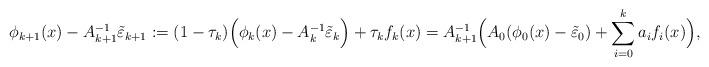
LaTeX: \begin{align*}\phi_{k+1}(x) - A_{k+1}^{-1}\tilde \varepsilon_{k+1} &:= (1 - \tau_k) \Big(\phi_k(x) - A_k^{-1}\tilde \varepsilon_{k}\Big) + \tau_k f_k(x) = A_{k+1}^{-1} \Big(A_0(\phi_0(x) - \tilde \varepsilon_0) + \sum_{i=0}^k a_i f_i(x)\Big), \end{align*}